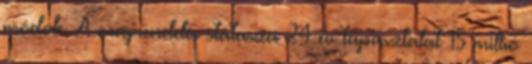
módok A megrendelés státusza 24 év tapasztalat 15 millió